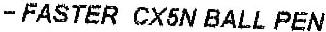
- FASTER CX5N BALL PEN